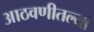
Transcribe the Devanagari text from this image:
आठवणीतल्या